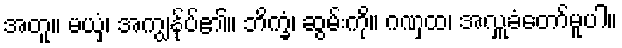
အတူ။ မယှံ၊ အကျွန်ုပ်၏။ ဘိက္ခံ၊ ဆွမ်းကို။ ဂဏှထ၊ အလှူခံတော်မူပါ။